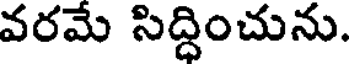
వరమే సిద్ధించును.